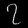
Digit: ၇